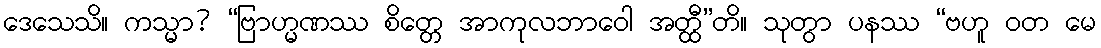
ဒေသေသိ။ ကသ္မာ? “ဗြာဟ္မဏဿ စိတ္တေ အာကုလဘာဝေါ အတ္ထီ”တိ။ သုတွာ ပနဿ “ဗဟူ ဝတ မေ